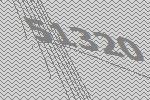
51320